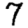
Digit: 7